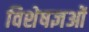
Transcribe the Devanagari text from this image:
विशेषज्ञओं